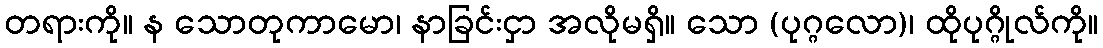
တရားကို။ န သောတုကာမော၊ နာခြင်းငှာ အလိုမရှိ။ သော (ပုဂ္ဂလော)၊ ထိုပုဂ္ဂိုလ်ကို။